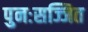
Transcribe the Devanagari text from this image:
पुनःसज्जित